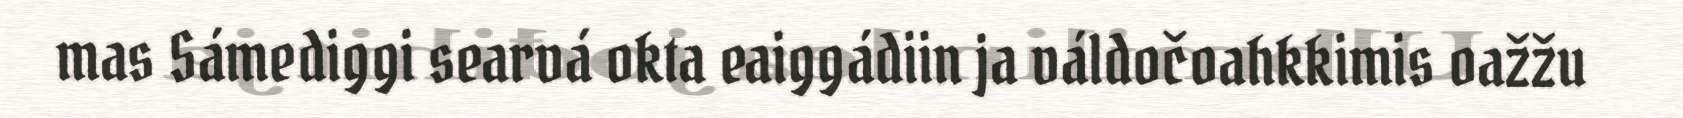
mas Sámediggi searvá okta eaiggádiin ja váldočoahkkimis oažžu